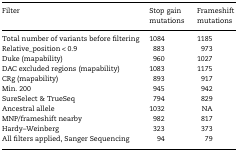
| Filter | Stop gain mutations | Frameshift mutations |
 | --- | --- | --- |
 | Total number of variants before filtering | 1084 | 1185 |
 | Relative_position < 0.9 | 883 | 973 |
 | Duke (mapability) | 960 | 1027 |
 | DAC excluded regions (mapability) | 1083 | 1175 |
 | CRg (mapability) | 893 | 917 |
 | Min. 200 | 945 | 942 |
 | SureSelect & TrueSeq | 794 | 829 |
 | Ancestral allele | 1032 | NA |
 | MNP/frameshift nearby | 982 | 817 |
 | Hardy–Weinberg | 323 | 373 |
 | All filters applied, Sanger Sequencing | 94 | 79 |